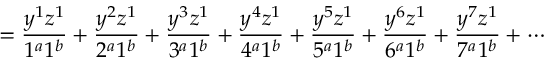
= \frac { y ^ { 1 } z ^ { 1 } } { 1 ^ { a } 1 ^ { b } } + \frac { y ^ { 2 } z ^ { 1 } } { 2 ^ { a } 1 ^ { b } } + \frac { y ^ { 3 } z ^ { 1 } } { 3 ^ { a } 1 ^ { b } } + \frac { y ^ { 4 } z ^ { 1 } } { 4 ^ { a } 1 ^ { b } } + \frac { y ^ { 5 } z ^ { 1 } } { 5 ^ { a } 1 ^ { b } } + \frac { y ^ { 6 } z ^ { 1 } } { 6 ^ { a } 1 ^ { b } } + \frac { y ^ { 7 } z ^ { 1 } } { 7 ^ { a } 1 ^ { b } } + \cdots